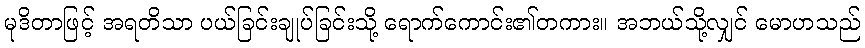
မုဒိတာဖြင့် အရတိသာ ပယ်ခြင်းချုပ်ခြင်းသို့ ရောက်ကောင်း၏တကား။ အဘယ်သို့လျှင် မောဟသည်